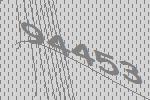
94453